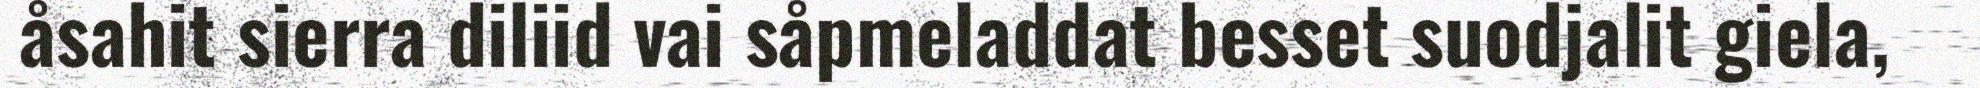
åsahit sierra diliid vai såpmeladdat besset suodjalit giela,